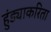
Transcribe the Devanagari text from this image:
हुंड्याकरिता